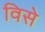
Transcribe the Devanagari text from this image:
विसे